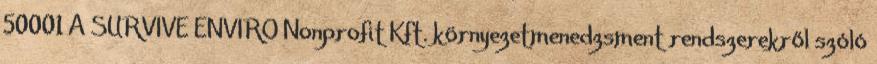
50001 A SURVIVE ENVIRO Nonprofit Kft. környezetmenedzsment rendszerekről szóló